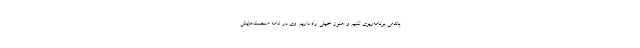
پاندمی برنامه‌ریزی کنیم و هنوز خیلی راه داریم. وی در ادامه صحبت‌هایش